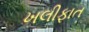
ખલીફાત